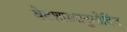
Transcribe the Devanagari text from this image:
वेदशास्त्रानुमोदित